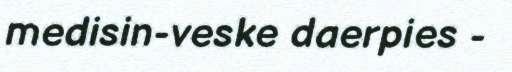
medisin-veske daerpies -